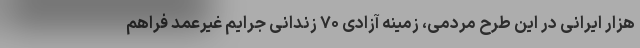
هزار ایرانی در این طرح مردمی، زمینه آزادی ۷۰ زندانی جرایم غیرعمد فراهم